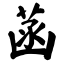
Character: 菡